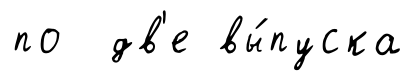
по дв'е вы́пуска